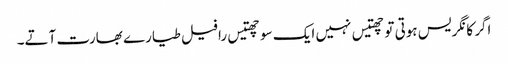
اگر کانگریس ہوتی تو چھتیس نہیں ایک سو چھتیس رافیل طیارے بھارت آتے۔